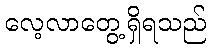
လေ့လာတွေ့ရှိရသည်